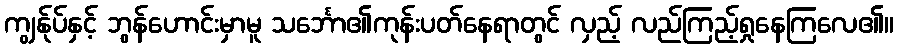
ကျွန်ုပ်နှင့် ဘွန်ဟောင်းမှာမူ သင်္ဘော၏ကုန်းပတ်နေရာတွင် လှည့် လည်ကြည့်ရှုနေကြလေ၏။